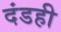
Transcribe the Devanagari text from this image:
दंडही